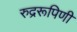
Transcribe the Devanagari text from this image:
रुद्ररूपिणी